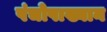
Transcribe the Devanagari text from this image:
पंचोपाख्यान